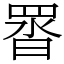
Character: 䍝